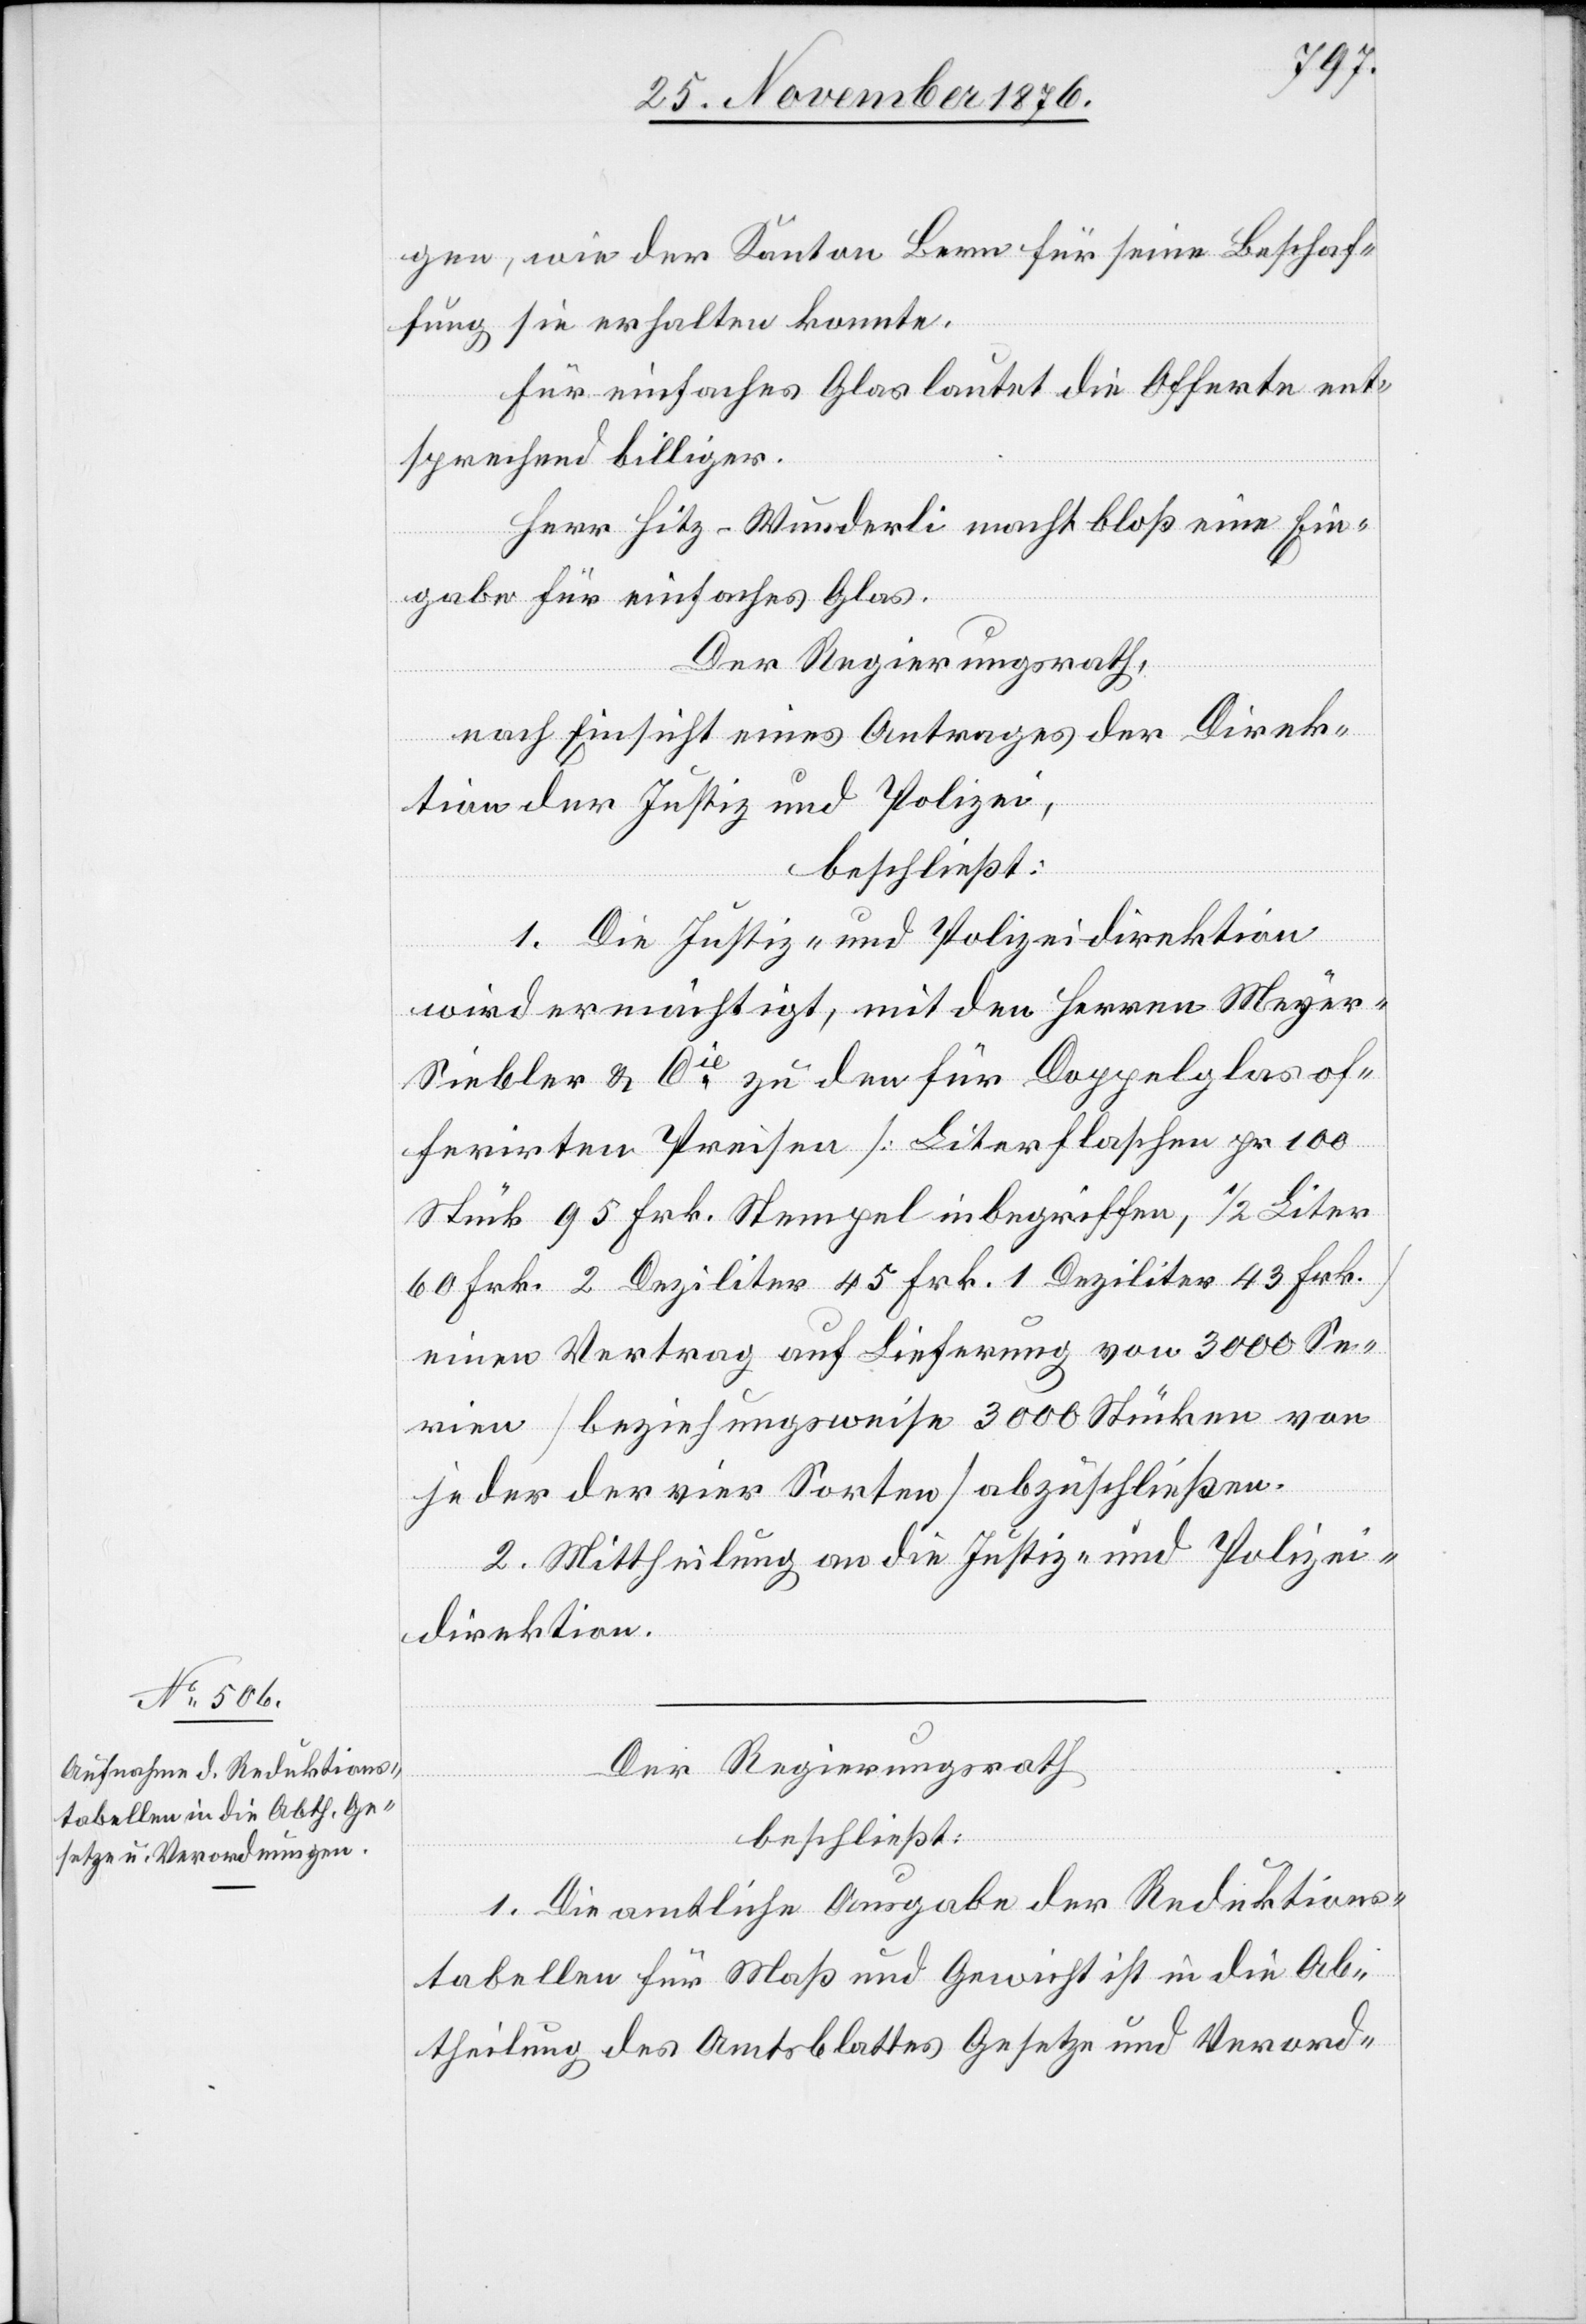
gen, wie der Kanton Bern für seine Beschaf¬
fung sie erhalten konnte.
Für einfaches Glas lautet die Offerte ent¬
sprechend billiger.
Herr Hitz-Wunderli macht bloß eine Ein¬
gabe für einfaches Glas.
Der Regierungsrath,
nach Einsicht eines Antrages der Direk¬
tion der Justiz und Polizei,
beschließt:
1. Die Justiz- und Polizeidirektion
wird ermächtigt, mit den Herren Meye¬
r-Siebler [sic!] & Cie zu den für Doppelglas of¬
ferirten Preisen [Literfalschen pr. 100
einen Vertrag auf Lieferung von 3000 Se¬
rien [beziehungsweise 3000 Stücken von
jeder der vier Sorten] abzuschließen.
2. Mittheilung an die Justiz- und Polizei¬
direktion.
Der Regierungsrath
beschließt:
1. Die amtliche Ausgabe der Reduktions¬
tabellen für Maß und Gewicht ist in die Ab¬
theilung des Amtsblattes Gesetze und Verord-